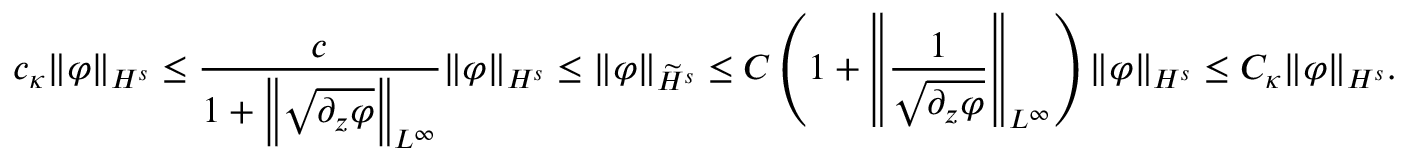
c _ { \kappa } \| \varphi \| _ { H ^ { s } } \leq \frac { c } { 1 + \left\| \sqrt { \partial _ { z } \varphi } \right\| _ { L ^ { \infty } } } \| \varphi \| _ { H ^ { s } } \leq \| \varphi \| _ { \widetilde H ^ { s } } \leq C \left( 1 + \left\| \frac 1 { \sqrt { \partial _ { z } \varphi } } \right\| _ { L ^ { \infty } } \right) \| \varphi \| _ { H ^ { s } } \leq C _ { \kappa } \| \varphi \| _ { H ^ { s } } .